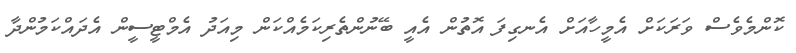
ކޮންމެވެސް ވަރަކަށް އެމީހާއަށް އެނގިފަ އޮތުން އެއީ ބޭނުންތެރިކަމެއްކަން މިއަދު އެމްޓީސީން އެދައްކަމުންދާ